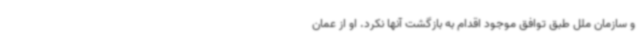
و سازمان ملل طبق توافق موجود اقدام به بازگشت آنها نکرد. او از عمان